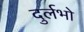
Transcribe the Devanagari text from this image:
दुर्लभो